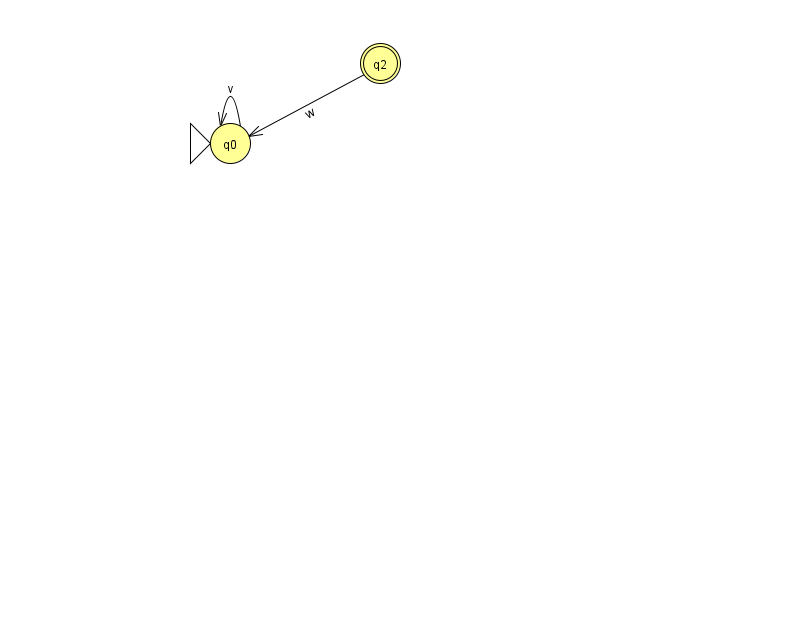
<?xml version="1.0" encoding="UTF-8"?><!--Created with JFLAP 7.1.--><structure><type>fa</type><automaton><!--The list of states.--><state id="0" name="q0"><x>230.0</x><y>130.0</y><initial/></state><state id="2" name="q2"><x>380.0</x><y>50.0</y><final/></state><!--The list of transitions.--><transition><from>0</from><to>0</to><read>v</read></transition><transition><from>2</from><to>0</to><read>w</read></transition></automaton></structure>